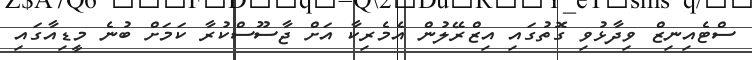
ސްޓެއިނިޒް ވިދާޅުވި ގޮތުގައި އިޒްރޭލުން އެމެރިކާ އަށް ޖާސޫސްކުރާ ކަމަށް ބުނެ މީޑިއާގައި